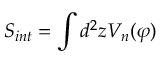
S _ { i n t } = \int d ^ { 2 } z V _ { n } ( \varphi )